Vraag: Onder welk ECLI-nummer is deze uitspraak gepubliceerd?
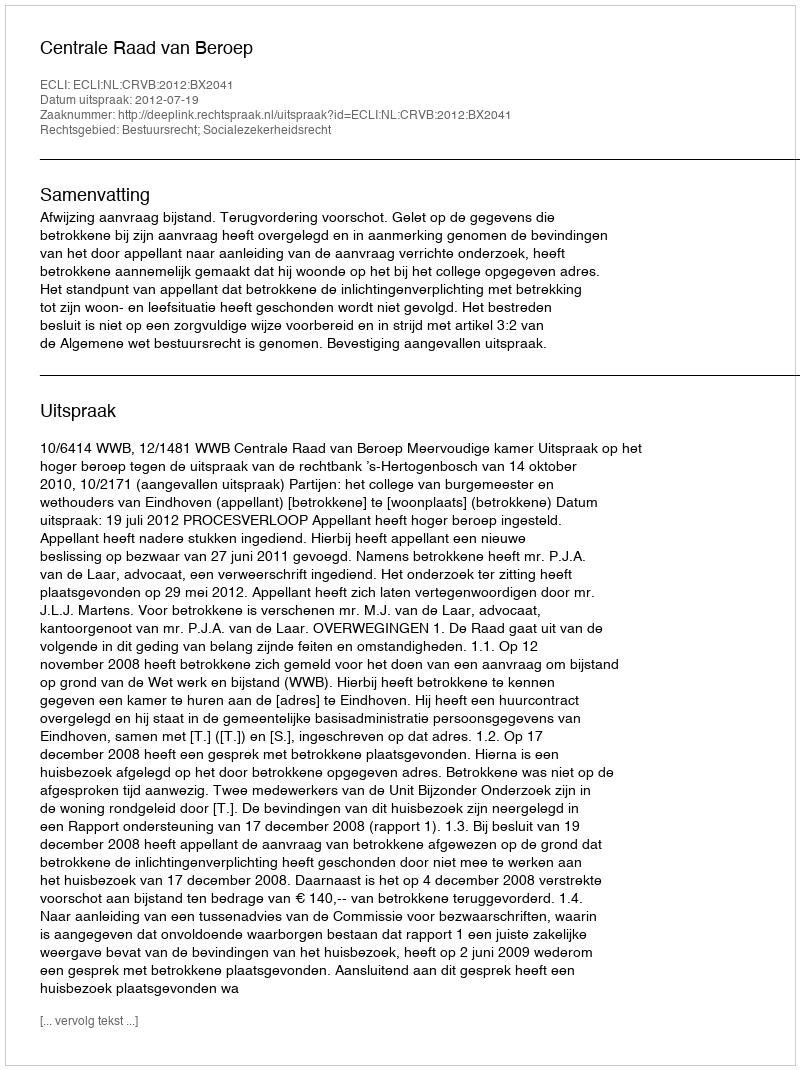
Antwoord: ECLI:NL:CRVB:2012:BX2041